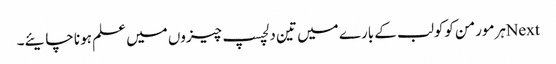
Nextہرمورمن کوکولب کے بارے میں تین دلچسپ چیزوں میں علم ہونا چایئے۔